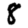
Digit: 8